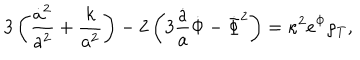
3 \left( \frac { \dot { a } ^ { 2 } } { a ^ { 2 } } + \frac { k } { a ^ { 2 } } \right) - 2 \left( 3 \frac { \dot { a } } { a } \dot { \Phi } - \dot { \Phi } ^ { 2 } \right) = \kappa ^ { 2 } e ^ { \Phi } \rho _ { T } ,